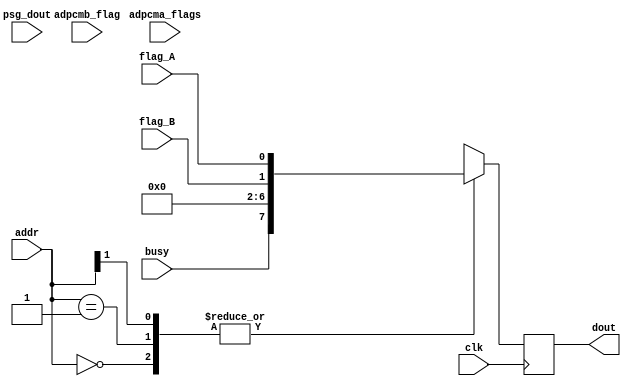
// This program was cloned from: https://github.com/MiSTer-devel/MegaCD_MiSTer
// License: GNU General Public License v3.0

/* This file is part of JT12.

 
    JT12 program is free software: you can redistribute it and/or modify
    it under the terms of the GNU General Public License as published by
    the Free Software Foundation, either version 3 of the License, or
    (at your option) any later version.

    JT12 program is distributed in the hope that it will be useful,
    but WITHOUT ANY WARRANTY; without even the implied warranty of
    MERCHANTABILITY or FITNESS FOR A PARTICULAR PURPOSE.  See the
    GNU General Public License for more details.

    You should have received a copy of the GNU General Public License
    along with JT12.  If not, see <http://www.gnu.org/licenses/>.

    Author: Jose Tejada Gomez. Twitter: @topapate
    Version: 1.0
    Date: 21-03-2019
*/

module jt12_dout(
    // input             rst_n,
    input             clk,        // CPU clock
    input             flag_A,
    input             flag_B,
    input             busy,
    input      [5:0]  adpcma_flags,
    input             adpcmb_flag,
    input      [7:0]  psg_dout,
    input      [1:0]  addr,
    output reg [7:0]  dout
);

parameter use_ssg=0, use_adpcm=0;

always @(posedge clk) begin
    casez( addr )
        2'b00: dout <= {busy, 5'd0, flag_B, flag_A }; // YM2203
        2'b01: dout <= (use_ssg  ==1) ? psg_dout : {busy, 5'd0, flag_B, flag_A };
        2'b1?: dout <= (use_adpcm==1) ?
            { adpcmb_flag, 1'b0, adpcma_flags } :
            { busy, 5'd0, flag_B, flag_A };
    endcase
end

endmodule // jt12_dout